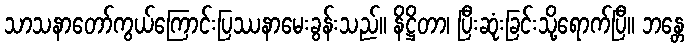
သာသနာတော်ကွယ်ကြောင်းပြဿနာမေးခွန်းသည်။ နိဋ္ဌိတာ၊ ပြီးဆုံးခြင်းသို့ရောက်ပြီ။ ဘန္တေ